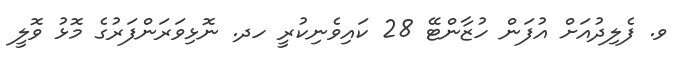
ވ. ފެލިދުއަށް އުފަން ހުޒާންޓޭ 28 ކައިވެނިކުރީ ހދ. ނޮޅިވަރަންފަރުގެ މޮޅު ވޮލީ